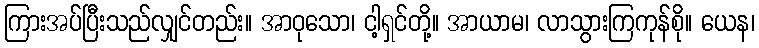
ကြားအပ်ပြီးသည်လျှင်တည်း။ အာဝုသော၊ ငါ့ရှင်တို့။ အာယာမ၊ လာသွားကြကုန်စို။ ယေန၊